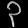
Digit: ၃